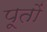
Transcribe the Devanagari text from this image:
पूतों